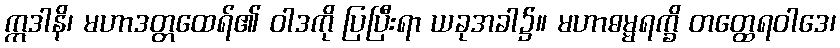
ဣဒါနိ၊ မဟာဒတ္တထေရ်၏ ဝါဒကို ပြပြီးရာ ယခုအခါ၌။ မဟာဓမ္မရက္ခိ တတ္ထေရဝါဒေ၊